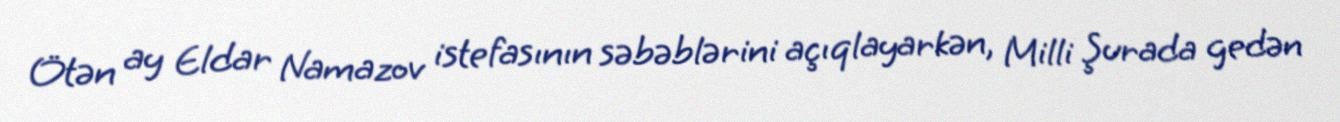
Ötən ay Eldar Namazov istefasının səbəblərini açıqlayarkən, Milli Şurada gedən